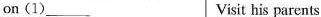
on(1)___ Visit his parents